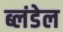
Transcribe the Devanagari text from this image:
ब्लंडेल